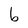
Character: b